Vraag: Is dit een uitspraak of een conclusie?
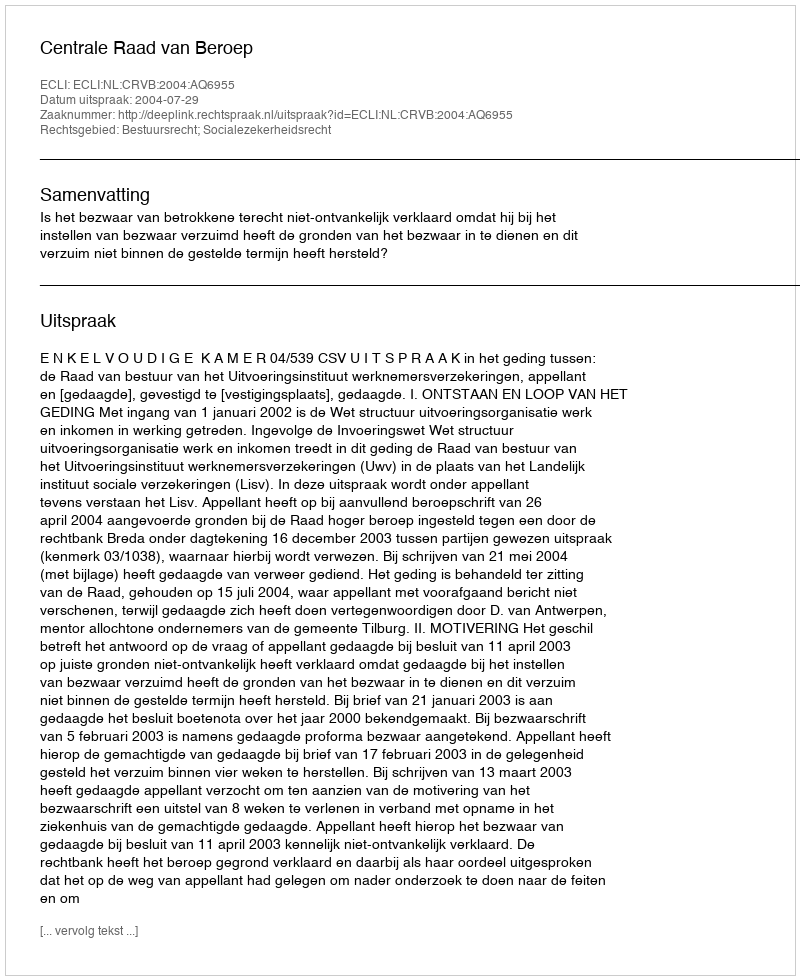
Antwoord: Uitspraak